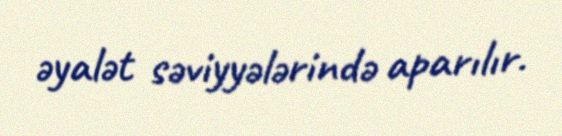
əyalət səviyyələrində aparılır.